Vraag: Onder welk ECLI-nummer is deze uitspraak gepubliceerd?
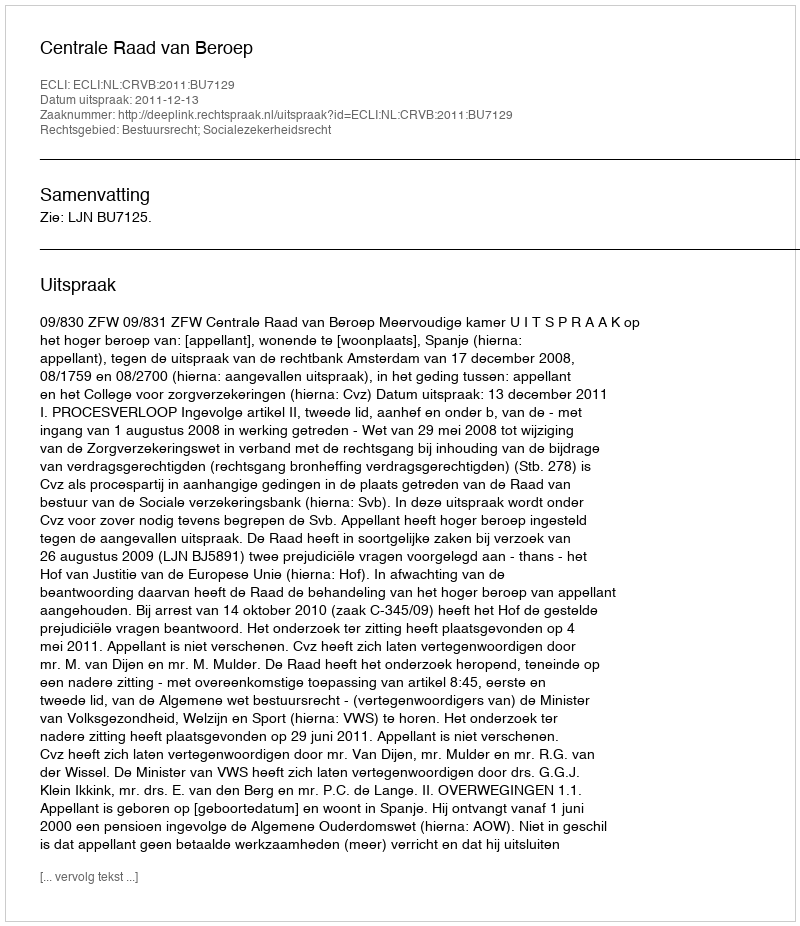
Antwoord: ECLI:NL:CRVB:2011:BU7129